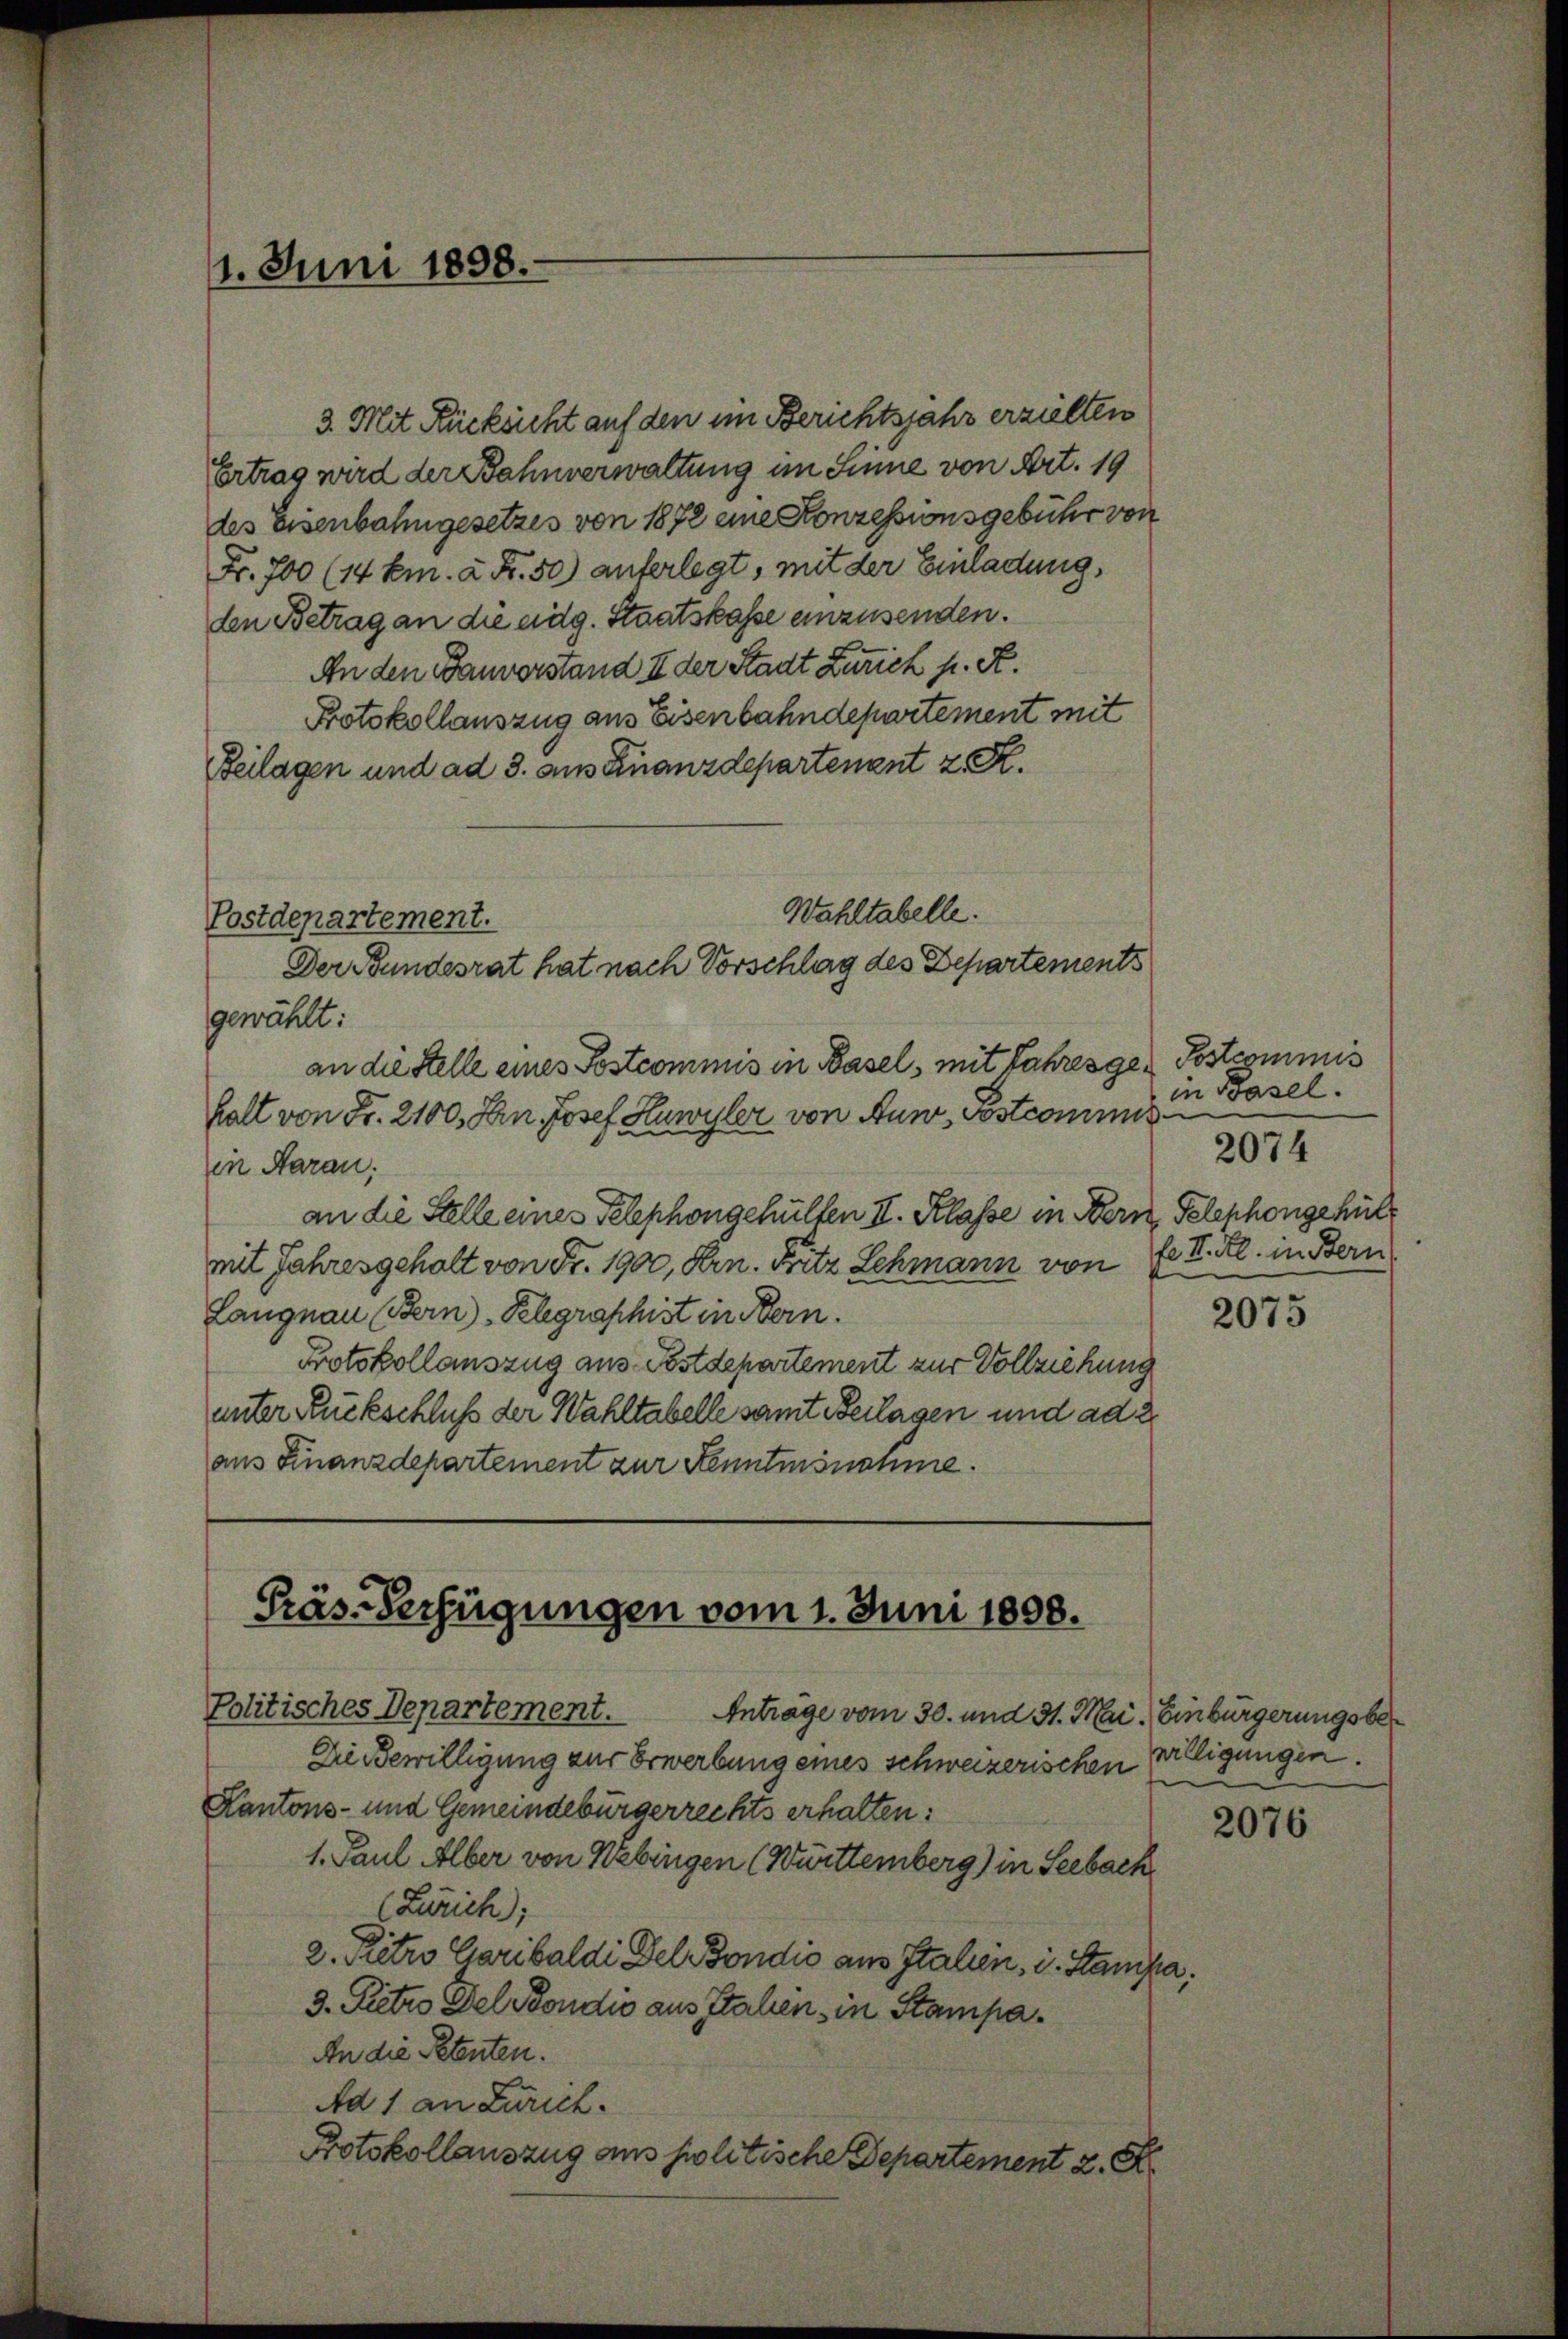
11. Juni 1898.

3. Mit Rücksicht auf den im Berichtsjahr erzielten
Ertrag wird der Bahnverwaltung im Sinne von Art. 19
des Eisenbahngesetzes von 1872 eine Konzessionsgebühr von
Fr. 700 (14 Em. à Fr. 50) auferlegt, mit der Einladung,
den Betrag an die eidg. Staatskasse einzusenden.
An den Banvorstand II der Stadt Zürich p. A.
Protokollauszug aus Eisenbahndepartement mit
Beilagen und ad 3. aus Finanzdepartenant z. R.
Wahltabelle.
Postdepartement.
Der Bundesrat hat nach Vorschlag des Departements
gewählt:
an die Stelle eines Postcommis in Basel, mit Jahresge-Postcommis
halt von Fr. 2100. In Josef Huwyler von Auw, Postcommisin Haran:
an die Stelle eines Telephongehulten II. Klasse in Bern Telephongehülmit Jahresgehalt von Fr. 1900, Arn. Fritz Schmann von
Langnau (Bern)-Pelegraphist in Bern.
Protokollauszug aus Postdepartement zur Vollziehung
unter Rückschluß der Wahltabelle samt Beilagen und ad 2.
aus Finanzdepartement zur Kenntnisnomme.

Präs. Verfügungen vom 1. Juni 1808.
Politisches Departement. Anträge vom 30. und 31. Mai. Einbürgerungsber

in Basel.
fe I. Al. in Bern

Die Bewilligung zur Erwerbung eines schweizerischen willigungen.
Kantons- und Gemeindebürgerrechts erhalten:
1. Paul Alber von Webingen (Württemberg) in Seebach
(Zürich;
2. Petro Garibaldi Del Bondio aus Italien, i. Stampa
3. Petro Del Tondio aus Italien, in Stampa¬
An die Petenten.
Ad 1 an Zürich.
Protokollauszug aus politische Departement 2. R.

2074

2075

2076